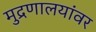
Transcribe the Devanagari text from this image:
मुद्रणालयांवर